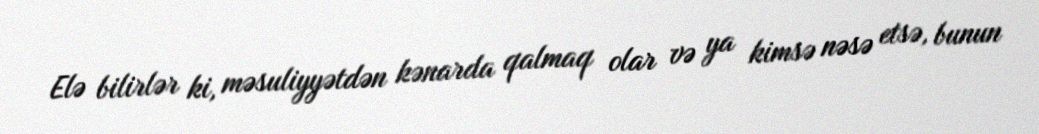
Elə bilirlər ki, məsuliyyətdən kənarda qalmaq olar və ya kimsə nəsə etsə, bunun